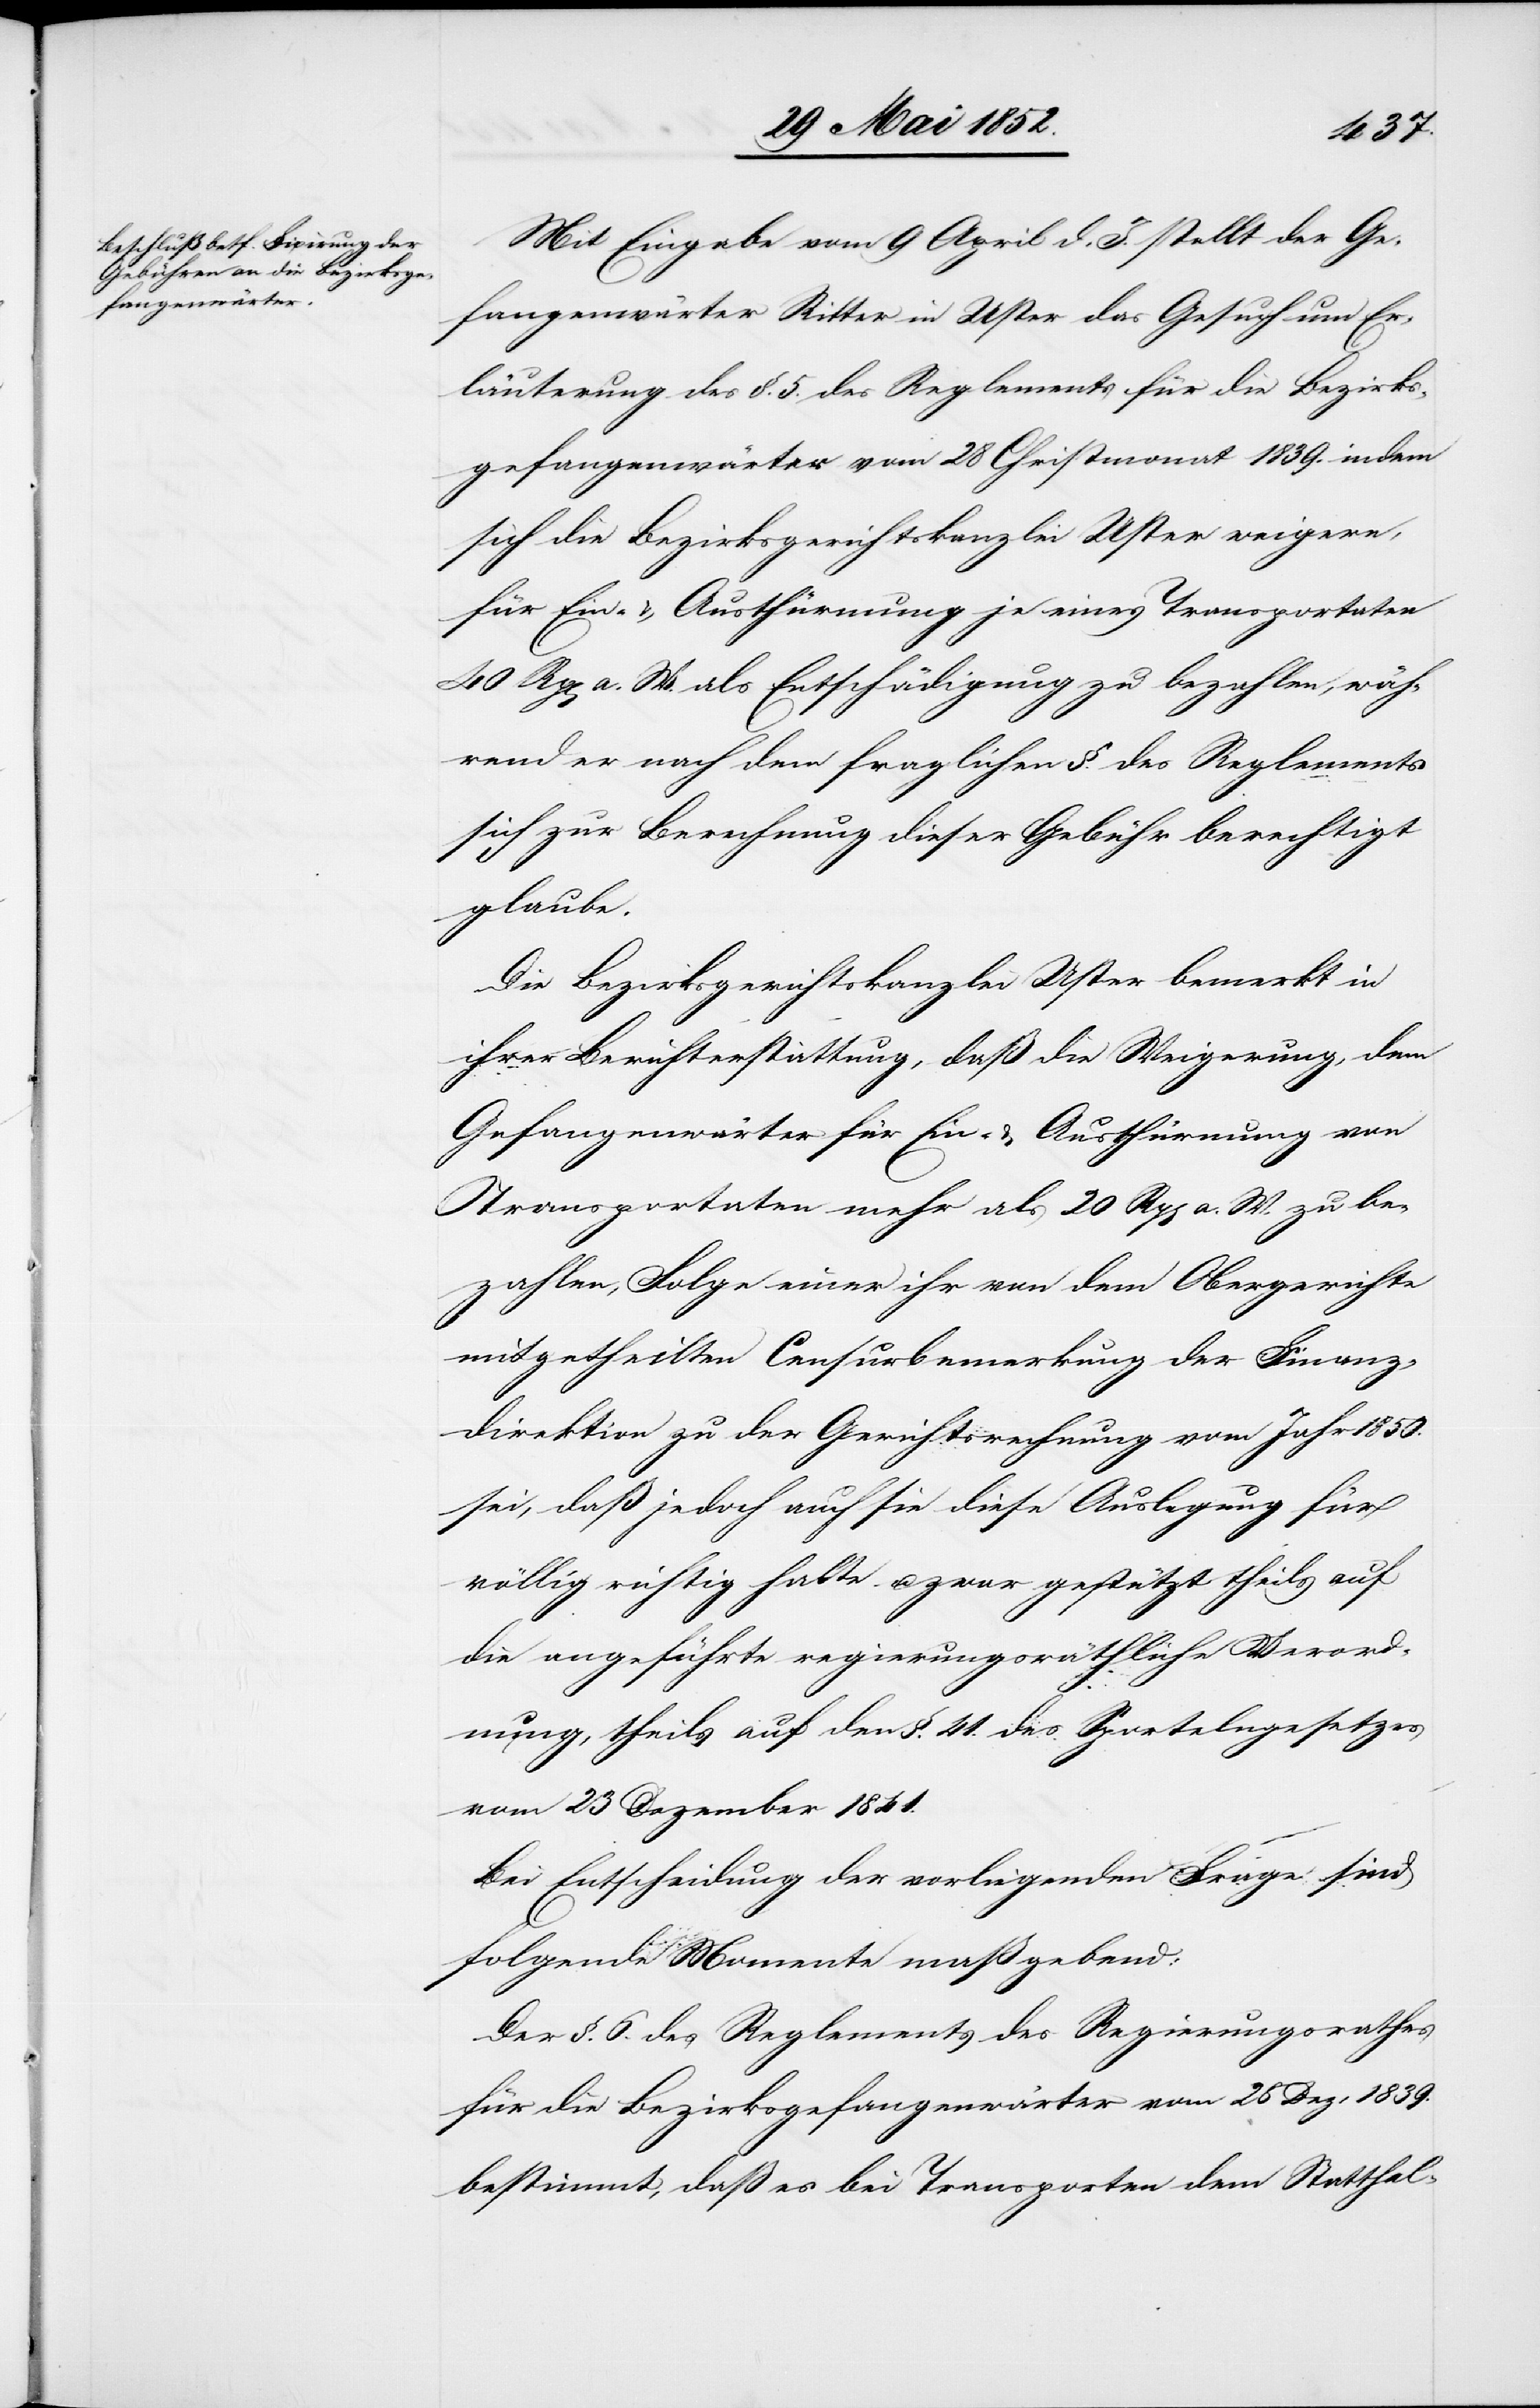
Mit Eingabe vom 9 April d. J. stellt der Ge¬
fangenwärter Ritter in Uster das Gesuch um Er¬
läuterung des §. 5. des Reglements für die Bezirks¬
gefangenwärter vom 28 Christmonat 1839. indem
sich die Bezirksgerichtskanzlei Uster weigere,
für Ein- & Austhürmung je eines Transportaten
40 Rp[en] a. W. als Entschädigung zu bezahlen, wäh¬
rend er nach dem fraglichen §. des Reglements
sich zur Berechnung dieser Gebühr berechtigt
glaube.
Die Bezirksgerichtskanzlei Uster bemerkt in
ihrer Berichterstattung, daß die Weigerung, dem
Gefangenwärter für Ein- & Austhürmung von
Transportaten mehr als 20 Rp[en] a. W. zu be¬
zahlen, Folge einer ihr von dem Obergerichte
mitgetheilten Censurbemerkung der Finanz¬
direktion zu der Gerichtsrechnung vom Jahr 1850.
sei, daß jedoch auch sie diese Auslegung für
völlig richtig halte u. zwar gestützt theils auf
die angeführte regierungsräthliche Verord¬
nung, theils auf den §. 41. des Sportelngesetzes
vom 23 Dezember 1841.
Bei Entscheidung der vorliegenden Frage sind
folgende Momente maßgebend:
Der §. 6. des Reglements des Regierungsrathes
für die Bezirksgefangenwärter vom 25 Dez: 1839.
bestimmt, daß es bei Transporten dem Statthal-